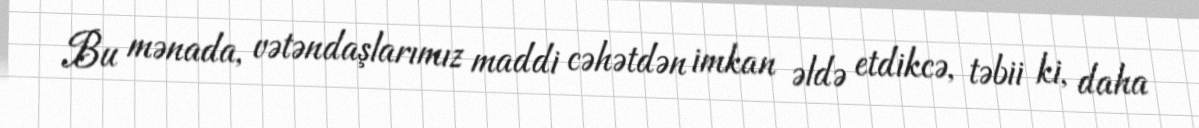
Bu mənada, vətəndaşlarımız maddi cəhətdən imkan əldə etdikcə, təbii ki, daha